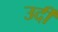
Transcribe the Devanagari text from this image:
उर्दी